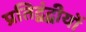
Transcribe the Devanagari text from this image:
प्रतिद्वंद्वीयों